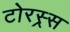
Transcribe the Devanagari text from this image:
टोरस्र्स